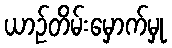
ယာဉ်တိမ်းမှောက်မှု